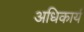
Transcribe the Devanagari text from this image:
अधिकार्य